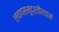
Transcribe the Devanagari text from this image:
लवणसमुद्रतीरवासं